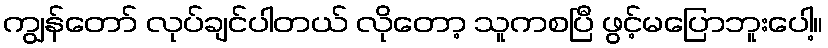
ကျွန်တော် လုပ်ချင်ပါတယ် လိုတော့ သူကစပြီ ဖွင့်မပြောဘူးပေါ့။